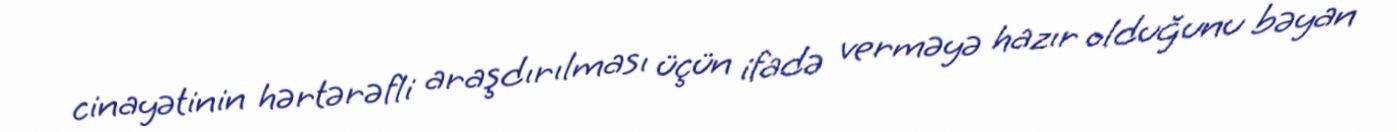
cinayətinin hərtərəfli araşdırılması üçün ifadə verməyə hazır olduğunu bəyan